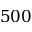
5 0 0